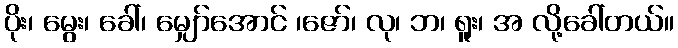
ပိုး၊ မွေး၊ ခေါ်၊ မျှော်အောင် ၊ဇော်၊ လု၊ ဘ၊ ရူး၊ အ လို့ခေါ်တယ်။